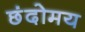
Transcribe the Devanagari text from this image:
छंदोमय